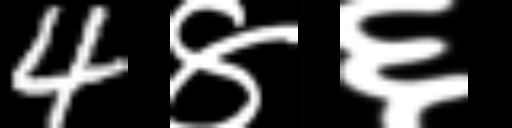
Text: 4४६